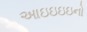
આઇઇઇઇનો